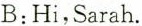
B:Hi,Sarah.